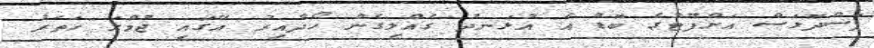
ފަސްދޮޅަސް އަށްފޫޓުގެ ބޮޑު އެ އުޅަނދު ގެއްލިގެން ހޯދާއިރު އޭގައި ޖުމްލަ ހަތަރު